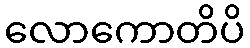
လောကောတိပိ